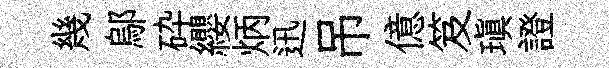
幾鄔砕纓炳迅吊億笈瑱證